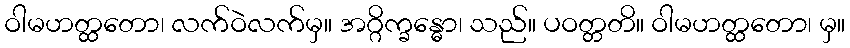
ဝါမဟတ္ထတော၊ လက်ဝဲလက်မှ။ အဂ္ဂိက္ခန္ဓော၊ သည်။ ပဝတ္တတိ။ ဝါမဟတ္ထတော၊ မှ။